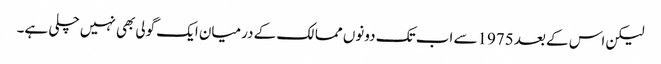
لیکن اس کے بعد 1975سے اب تک دونوں ممالک کے درمیان ایک گولی بھی نہیں چلی ہے۔